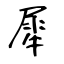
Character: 犀